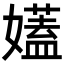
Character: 𡣨